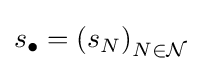
s_{\bullet }=\left(s_{N}\right)_{N\in {\mathcal {N}}}